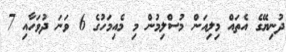
ދުނިޔޭގެ އެތައް މިލިއަން މުސްލިމުން މި މެއިމަހުގެ 6 ވަނަ ދުވަހާއި 7